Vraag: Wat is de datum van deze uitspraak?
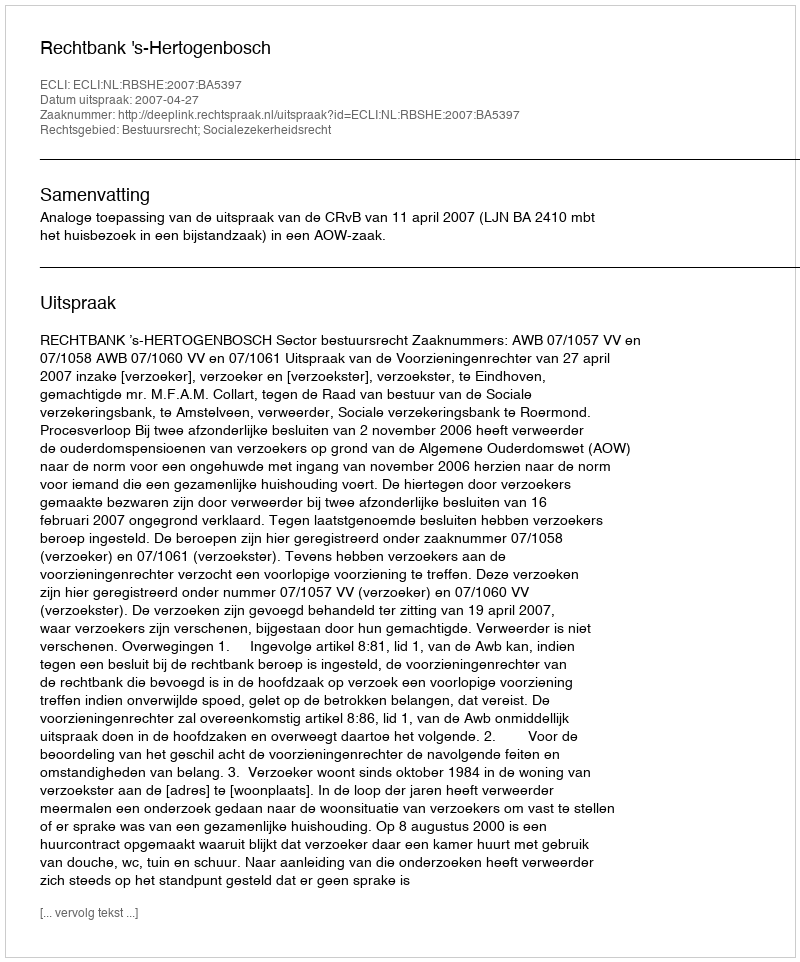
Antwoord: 2007-04-27